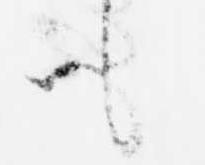
も